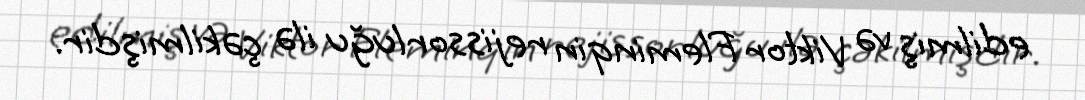
edilmiş və Viktor Fleminqin rejissorluğu ilə çəkilmişdir.